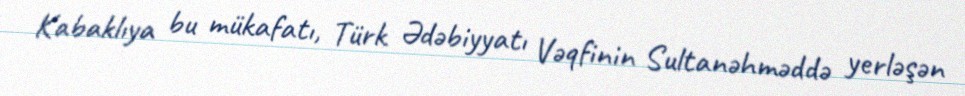
Kabaklıya bu mükafatı, Türk Ədəbiyyatı Vəqfinin Sultanəhməddə yerləşən